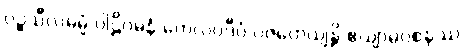
ပဉ္စသီလဓမ္မံ ပါဠိဂမနံ တေလပ္ပဒီပံ ပဇဟေယျန္တိ ဧယျာမဝစနဿ